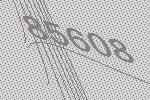
85608